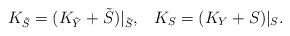
LaTeX: \begin{align*} K_{\tilde{S}}=(K_{\tilde{Y}}+\tilde{S})|_{\tilde{S}},\; \; \; K_{S}=(K_{Y}+S) |_{S}.\end{align*}